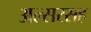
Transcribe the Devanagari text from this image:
अल्सरसह